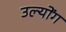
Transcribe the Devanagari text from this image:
उल्योंग